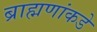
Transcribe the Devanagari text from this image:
ब्राह्मणांकडे